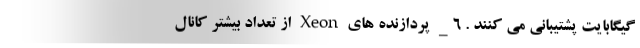
گیگابایت پشتیبانی می کنند . 6_ پردازنده های Xeon از تعداد بیشتر کانال